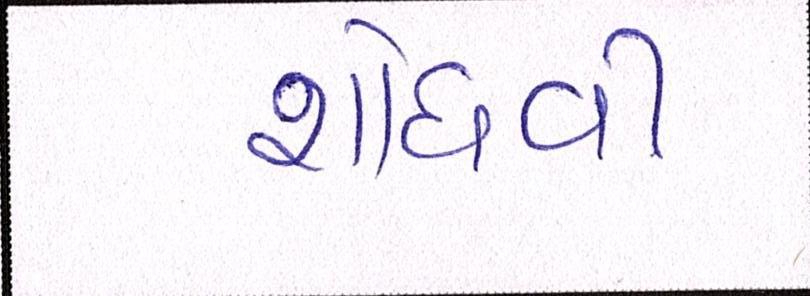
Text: શોધવી